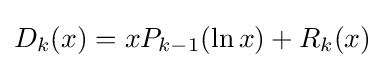
D_{k}(x)=xP_{k-1}(\ln x)+R_{k}(x)